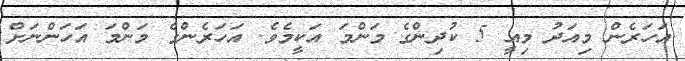
އަހަރެން މިއަދު މިއީ 5 ކުދިންގެ މަންމަ އަކީމެވެ. އަހަރެންގެ މަންމަ އަހަންނަށް